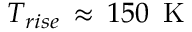
T _ { r i s e } \, \approx \, 1 5 0 \, \mathrm { ~ K ~ }